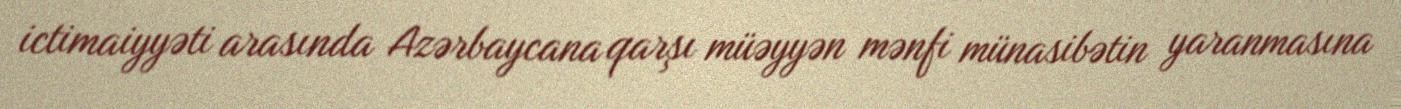
ictimaiyyəti arasında Azərbaycana qarşı müəyyən mənfi münasibətin yaranmasına